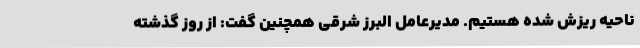
ناحیه ریزش شده هستیم. مدیرعامل البرز شرقی همچنین گفت: از روز گذشته